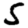
Digit: 5